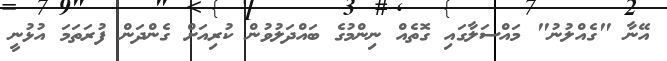
އޭނާ "ގެއްލުނު" މައްސަލާގައި ގޮތެއް ނިންމުގެ ބައްދަލުވުން ކުރިއަށް ގެންދަން ފުރަތަމަ އުޅުނީ